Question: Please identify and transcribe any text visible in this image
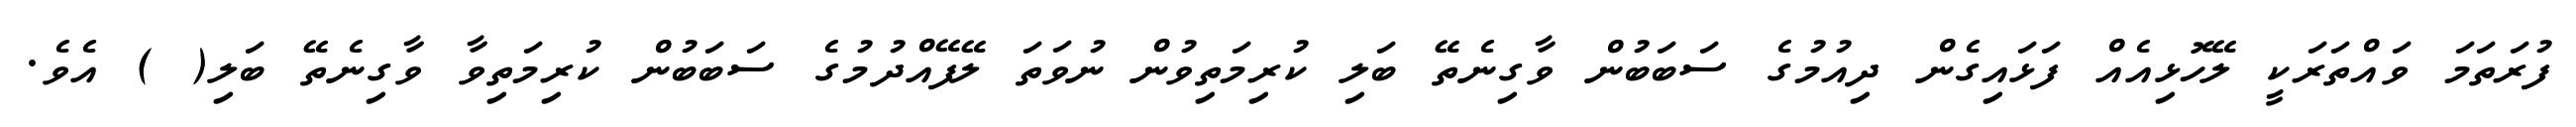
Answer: ފުރަތަމަ ވައްތަރަކީ ލޭހޮޅިއެއް ފަޅައިގެން ދިއުމުގެ ސަބަބުން ވާގިނެތޭ ބަލި ކުރިމަތިވުން ނުވަތަ ލޭފޭއްދުމުގެ ސަބަބުން ކުރިމަތިވާ ވާގިނެތޭ ބަލި( ) އެވެ.